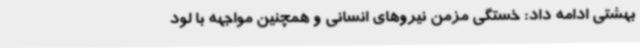
بهشتی ادامه داد: خستگی مزمن نیروهای انسانی و همچنین مواجهه با لود